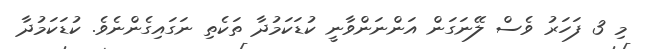
މި 3 ފަހަރު ވެސް ލޭނަގަން އަންނަންވާނީ ކުޑަކަމުދާ ތަކެތި ނަގައިގެންނެވެ. ކުޑަކަމުދާ